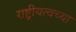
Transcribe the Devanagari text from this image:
राष्ट्रीयत्वच्या